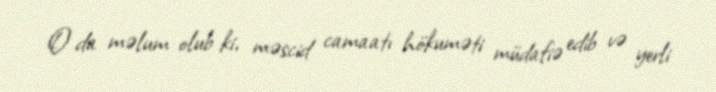
O da məlum olub ki, məscid camaatı hökuməti müdafiə edib və yerli